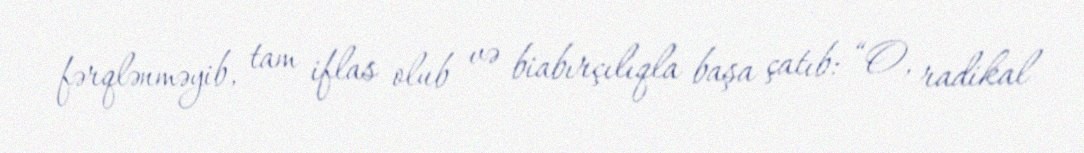
fərqlənməyib, tam iflas olub və biabırçılıqla başa çatıb: “O, radikal